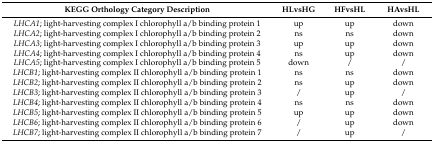
| KEGG Orthology Category Description | HLvsHG | HFvsHL | HAvsHL |
 | --- | --- | --- | --- |
 | LHCA1; light-harvesting complex I chlorophyll a/b binding protein 1 | up | up | down |
 | LHCA2; light-harvesting complex I chlorophyll a/b binding protein 2 | ns | ns | down |
 | LHCA3; light-harvesting complex I chlorophyll a/b binding protein 3 | up | up | down |
 | LHCA4; light-harvesting complex I chlorophyll a/b binding protein 4 | ns | up | down |
 | LHCA5; light-harvesting complex I chlorophyll a/b binding protein 5 | down | / | / |
 | LHCB1; light-harvesting complex II chlorophyll a/b binding protein 1 | ns | ns | down |
 | LHCB2; light-harvesting complex II chlorophyll a/b binding protein 2 | ns | up | down |
 | LHCB3; light-harvesting complex II chlorophyll a/b binding protein 3 | / | up | / |
 | LHCB4; light-harvesting complex II chlorophyll a/b binding protein 4 | ns | ns | down |
 | LHCB5; light-harvesting complex II chlorophyll a/b binding protein 5 | up | up | down |
 | LHCB6; light-harvesting complex II chlorophyll a/b binding protein 6 | / | up | down |
 | LHCB7; light-harvesting complex II chlorophyll a/b binding protein 7 | / | up | / |